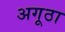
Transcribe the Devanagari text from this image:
अगूठा